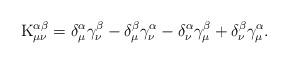
LaTeX: \begin{align*}{\rm K}_{\mu \nu }^{\alpha \beta }=\delta _\mu ^\alpha \gamma _\nu ^\beta-\delta _\mu ^\beta \gamma _\nu ^\alpha -\delta _\nu ^\alpha \gamma _\mu^\beta +\delta _\nu ^\beta \gamma _\mu ^\alpha . \end{align*}